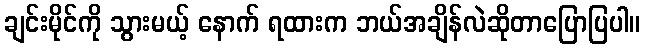
ချင်းမိုင်ကို သွားမယ့် နောက် ရထားက ဘယ်အချိန်လဲဆိုတာပြောပြပါ။